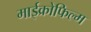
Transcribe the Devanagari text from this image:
माईक्रोफिल्म